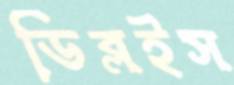
ডিব্লইস